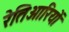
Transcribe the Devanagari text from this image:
रेतिआरियों